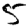
Digit: 5